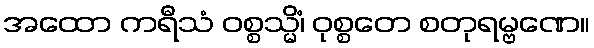
အထော ကရီသံ ဝစ္စသ္မိံ၊ ဝုစ္စတေ စတုရမ္ဗဏေ။